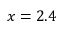
x = 2 . 4